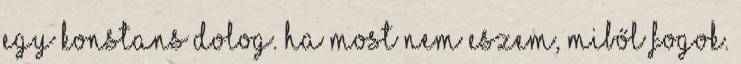
egy konstans dolog. Ha most nem eszem, miből fogok.